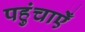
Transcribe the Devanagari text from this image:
पहुंचाऐँ